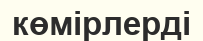
көмірлерді